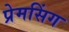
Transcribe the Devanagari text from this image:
प्रेमसिंग